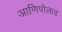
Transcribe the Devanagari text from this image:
आणिपोलाद